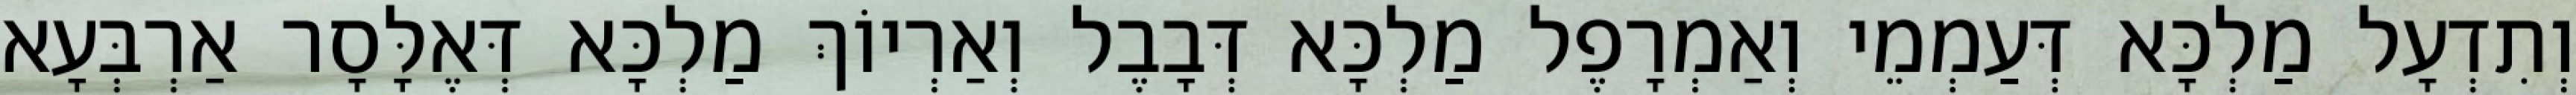
וְתִדְעָל מַלְכָּא דְּעַמְמֵי וְאַמְרָפֶל מַלְכָּא דְּבָבֶל וְאַרְיוֹךְ מַלְכָּא דְּאֶלָּסָר אַרְבְּעָא